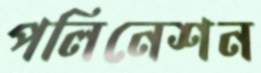
পলিনেশন